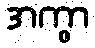
အကွာ